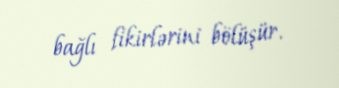
bağlı fikirlərini bölüşür.